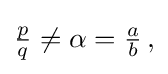
{\textstyle {\frac {p}{q}}\not =\alpha ={\frac {a}{b}}\,,}